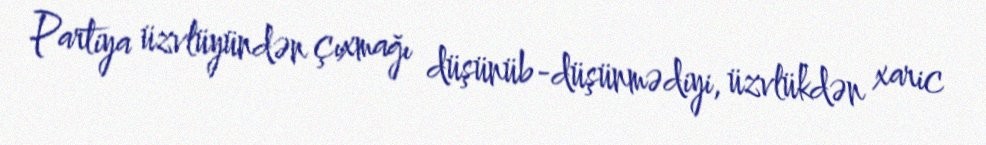
Partiya üzvlüyündən çıxmağı düşünüb-düşünmədiyi, üzvlükdən xaric